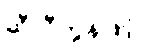
ဆီလီကွန်ဖြင့်